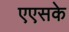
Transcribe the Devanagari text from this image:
एएसके